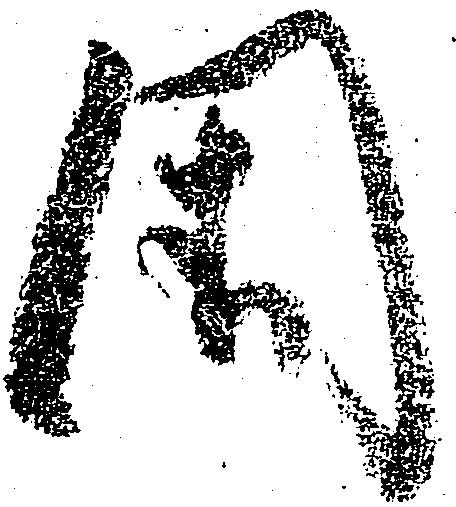
国